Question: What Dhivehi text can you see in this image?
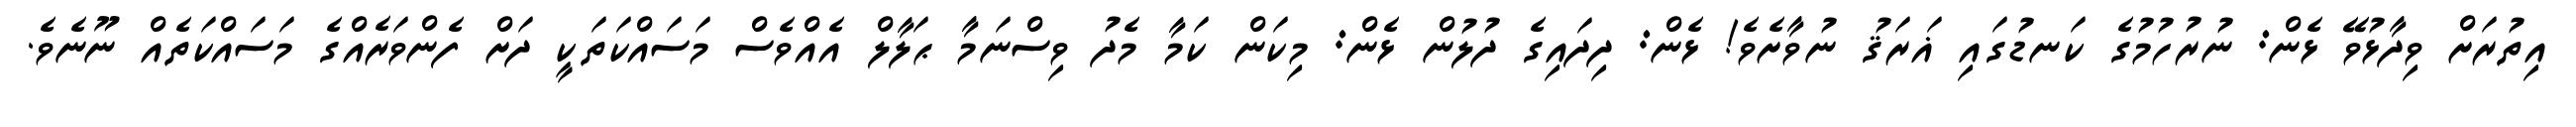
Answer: އިތުރަށް ވިދާޅުވޭ ޅެން: ނުރުހުމުގެ ކަނޑުގައި ޣަރަޤު ނުވާށެވެ! ޅެން: ދިދައިގެ ދުލުން ޅެން: މިކަން ކަމާ މެދު ވިސްނަމާ ޙަލާލް އެއްވެސް މަސައްކަތަކީ ދަށް ފެންވަރެއްގެ މަސައްކަތެއް ނޫނެވެ.